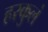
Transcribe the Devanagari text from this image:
हरकुलं